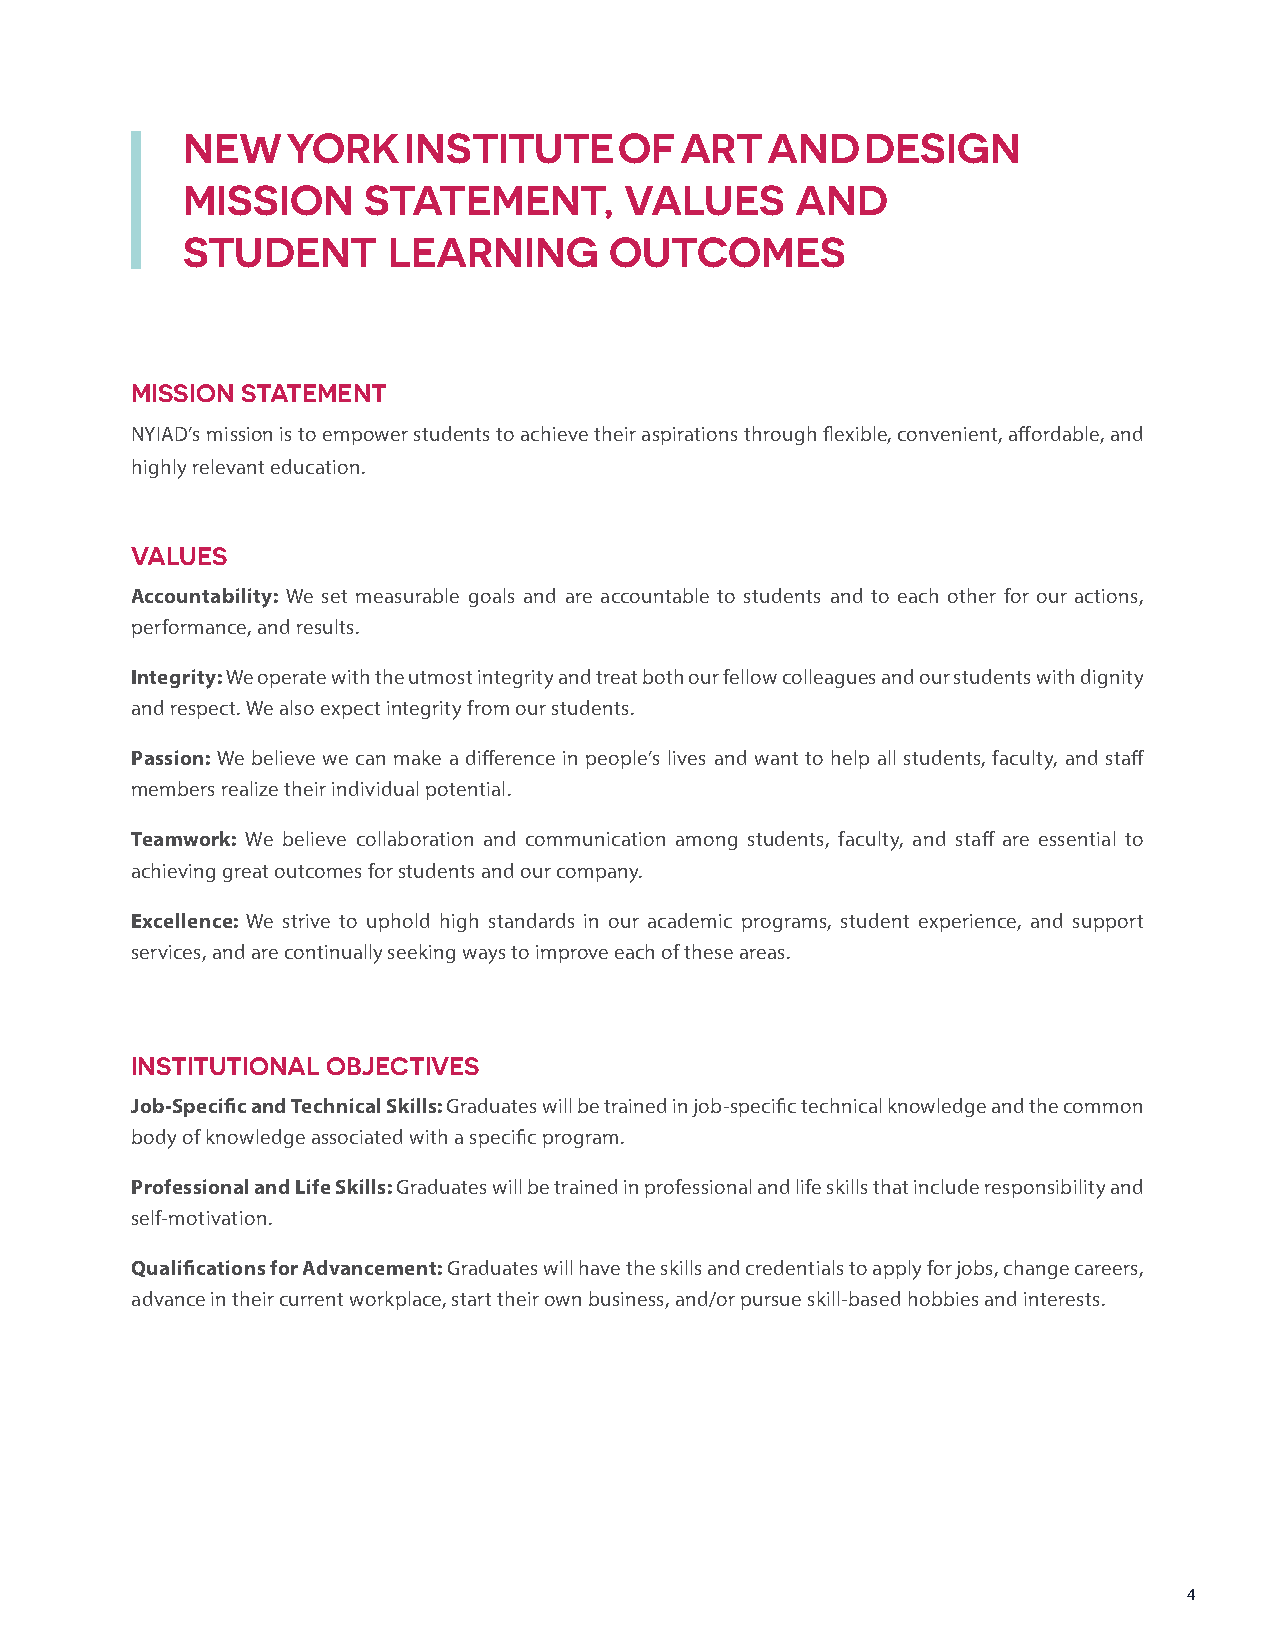
NEW    YORK    INSTITUTE     OF  ART   AND   DESIGN
 MISSION     STATEMENT,       VALUES      AND
 STUDENT       LEARNING      OUTCOMES
 MISSION STATEMENT
 NYIAD’s mission is to empower students to achieve their aspirations through flexible, convenient, affordable, and
 highly relevant education.
 VALUES
 Accountability: We set measurable goals and are accountable to students and to each other for our actions,
 performance, and results.
 Integrity: We operate with the utmost integrity and treat both our fellow colleagues and our students with dignity
 and respect. We also expect integrity from our students.
 Passion: We believe we can make a difference in people’s lives and want to help all students, faculty, and staff
 members realize their individual potential.
 Teamwork: We believe collaboration and communication among students, faculty, and staff are essential to
 achieving great outcomes for students and our company.
 Excellence: We strive to uphold high standards in our academic programs, student experience, and support
 services, and are continually seeking ways to improve each of these areas.
 INSTITUTIONAL OBJECTIVES
 Job-Specific and Technical Skills: Graduates will be trained in job-specific technical knowledge and the common
 body of knowledge associated with a specific program.
 Professional and Life Skills: Graduates will be trained in professional and life skills that include responsibility and
 self-motivation.
 Qualifications for Advancement: Graduates will have the skills and credentials to apply for jobs, change careers,
 advance in their current workplace, start their own business, and/or pursue skill-based hobbies and interests.
 4